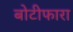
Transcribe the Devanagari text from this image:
बोटीफारा